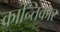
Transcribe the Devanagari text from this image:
क्रान्तिकार